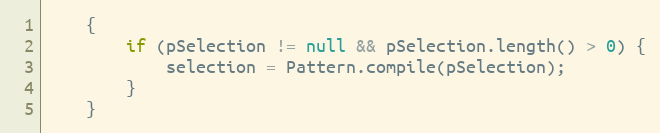
Language: Java
    {
        if (pSelection != null && pSelection.length() > 0) {
            selection = Pattern.compile(pSelection);
        }
    }